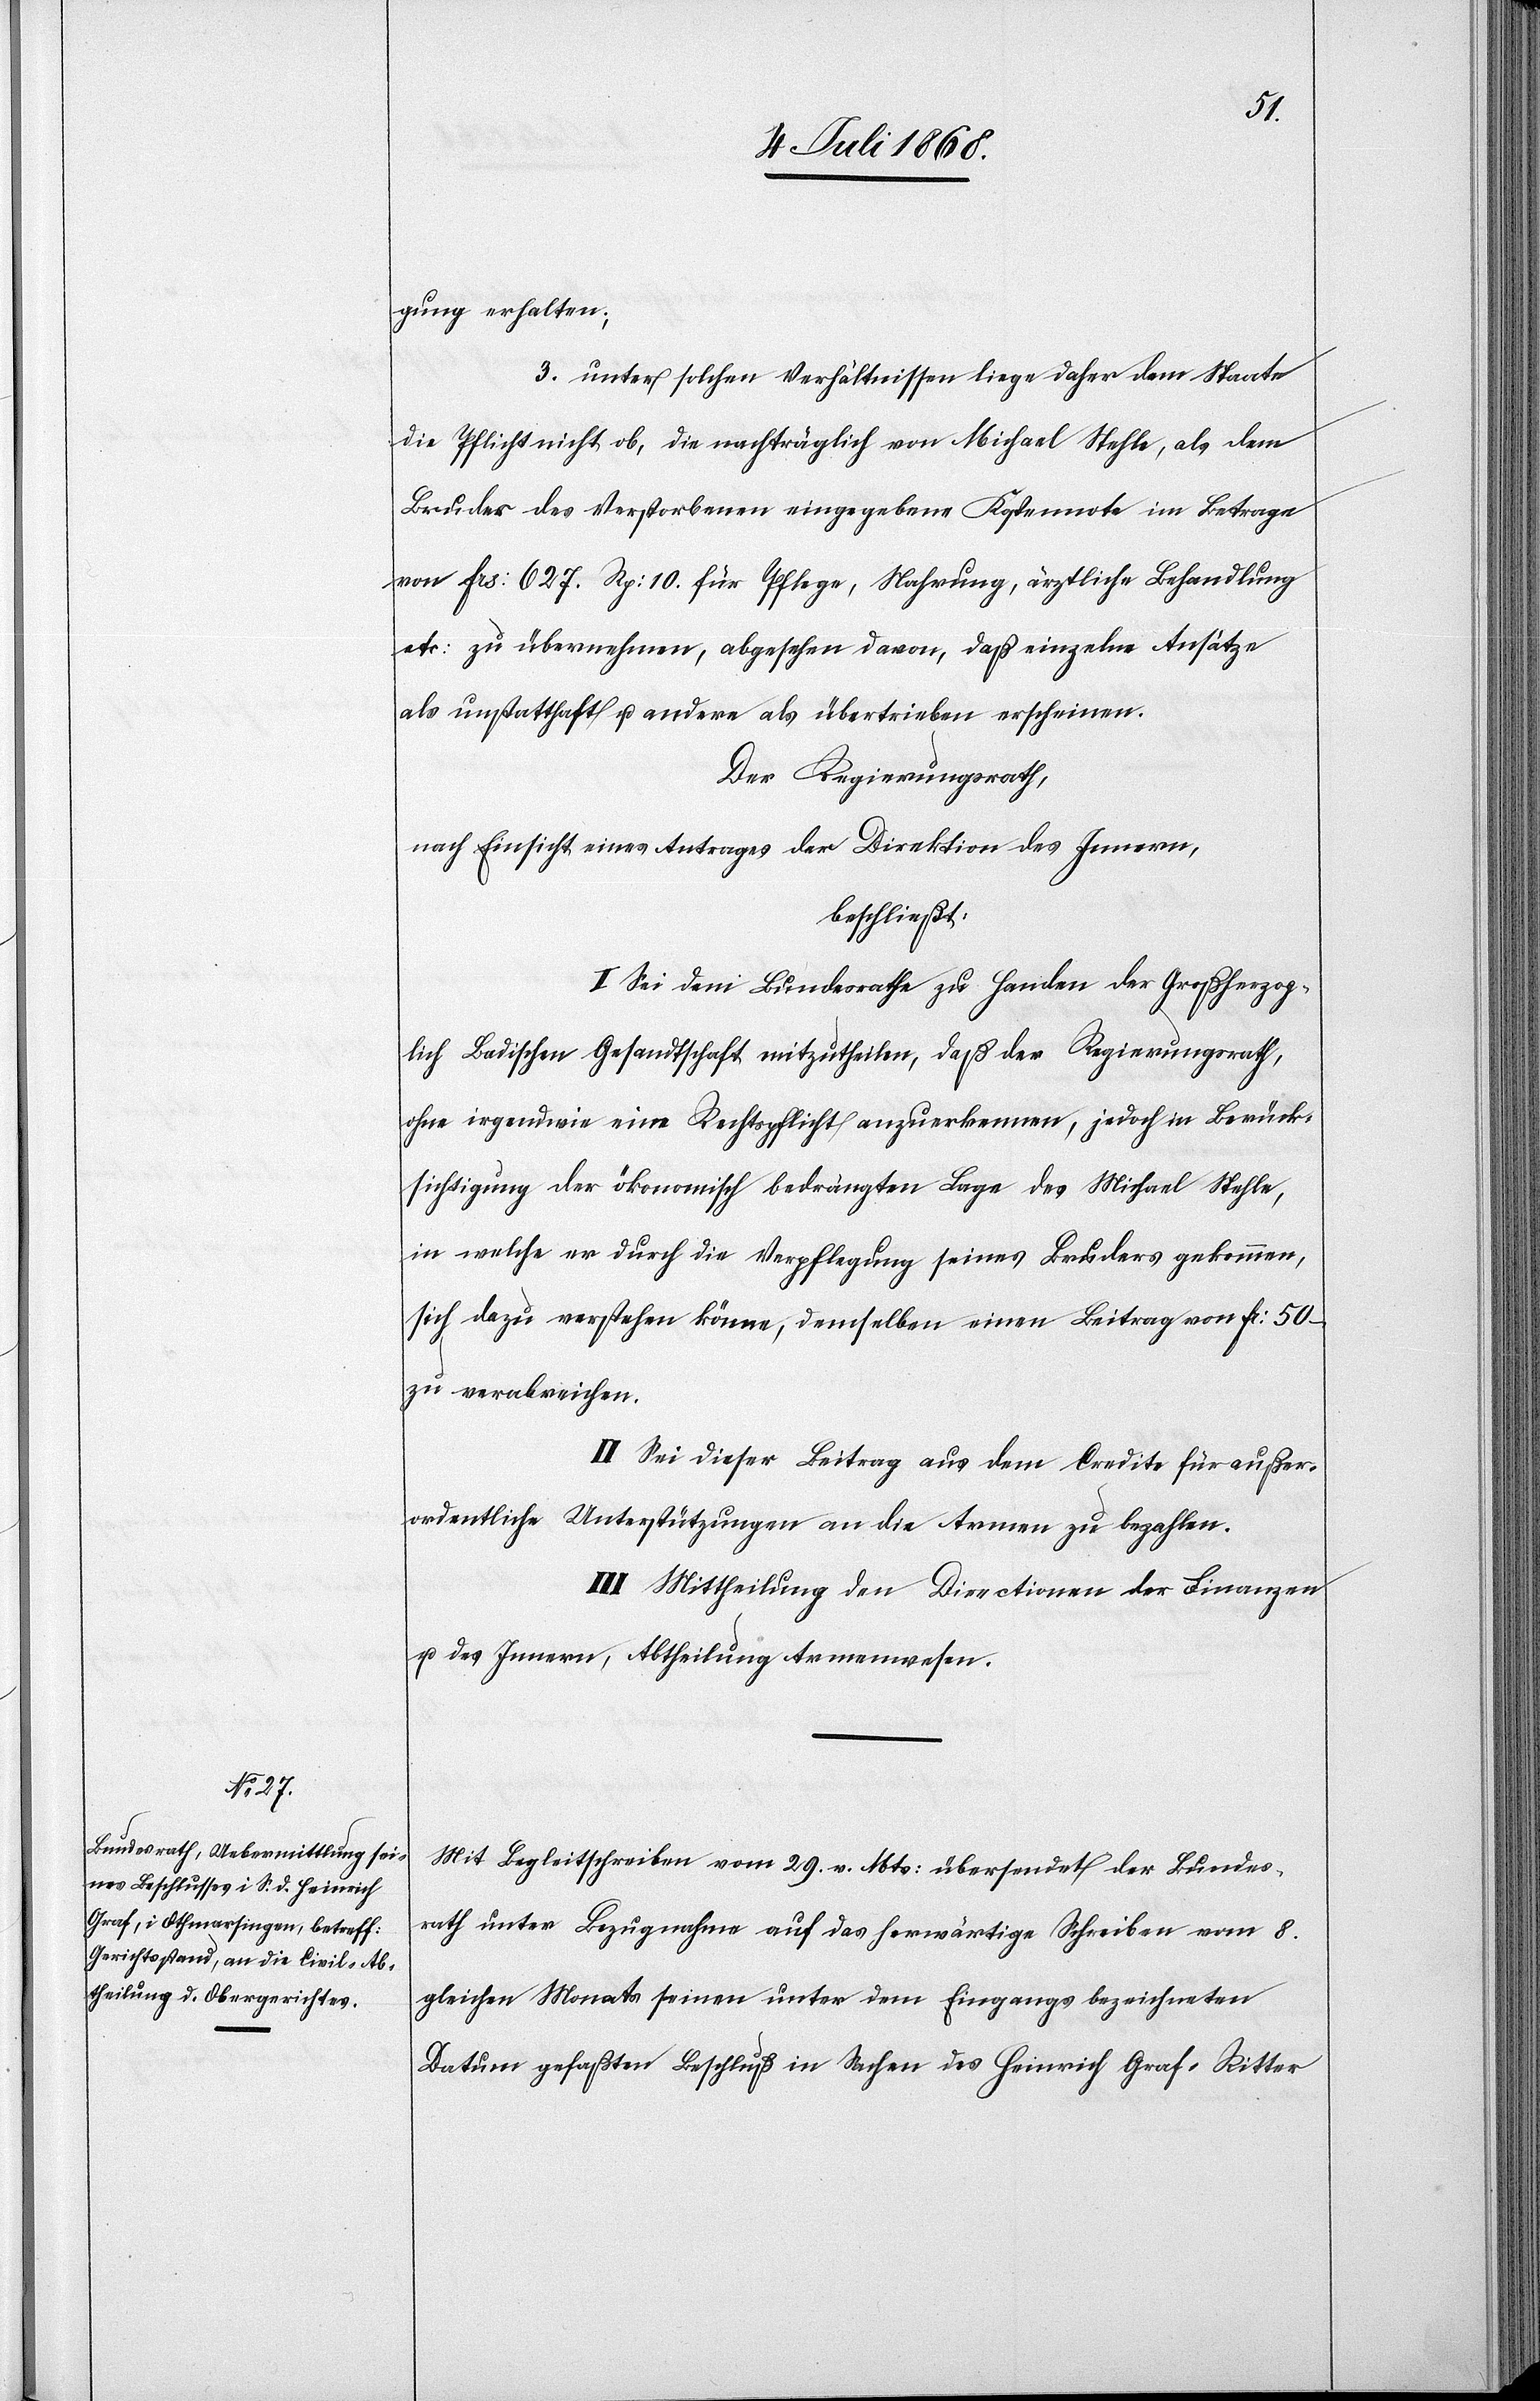
gung erhalten;
3. unter solchen Verhältnissen liege daher dem Staate
die Pflicht nicht ob, die nachträglich von Michael Stehle, als dem
Bruder des Verstorbenen eingegebene Kostennote im Betrage
von Frs: 627. Rp: 10. für Pflege, Nahrung, ärztliche Behandlung
etc: zu übernehmen, abgesehen davon, daß einzelne Ansätze
als unstatthaft u. andere als übertrieben erscheinen.
Der Regierungsrath,
nach Einsicht eines Antrages der Direktion des Innern,
beschließt:
I. Sei dem Bundesrathe zu Handen der Großherzog¬
lich Badischen Gesandtschaft mitzutheilen, daß der Regierungsrath,
ohne irgendwie eine Rechtspflicht anzuerkennen, jedoch in Berück¬
sichtigung der ökonomisch bedrängten Lage des Michael Stehle,
in welche er durch die Verpflegung seines Bruders gekommen,
sich dazu verstehen könne, demselben einen Beitrag von Fr: 50 –
zu verabreichen.
II. Sei dieser Beitrag aus dem Credite für außer¬
ordentliche Unterstützungen an die Armen zu bezahlen.
III. Mittheilung den Directionen der Finanzen
u. des Innern, Abtheilung Armenwesen.
Mit Begleitschreiben vom 29. v. Mts: übersendet der Bundes¬
rath unter Bezugnahme auf das herwärtige Schreiben vom 8.
gleichen Monats seinen unter dem Eingangs bezeichneten
Datum gefaßten Beschluß in Sachen des Heinrich Graf-Ritter